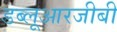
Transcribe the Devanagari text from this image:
डब्लूआरजीबी